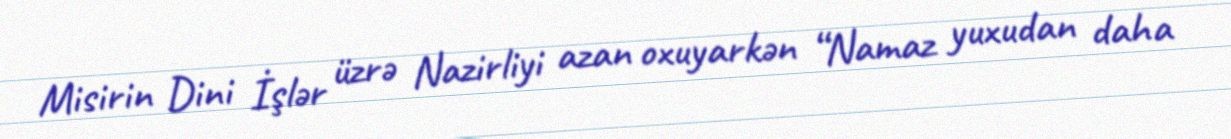
Misirin Dini İşlər üzrə Nazirliyi azan oxuyarkən “Namaz yuxudan daha